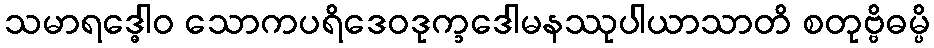
သမာရဒ္ဓေါဝ သောကပရိဒေဝဒုက္ခဒေါမနဿုပါယာသာတိ စတုဗ္ဗိဓမ္ပိ